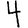
Digit: 4